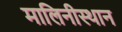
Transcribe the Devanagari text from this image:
मालिनीस्थान